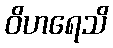
ဝိဟရေသိ